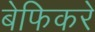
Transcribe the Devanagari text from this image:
बेफिकरे